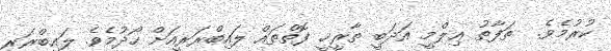
ކުރުމެވެ.  ތަފާތު ޢިލްމީ އަދަބީ ތާރީޚީ ފޮތްތައް ލައިބްރަރީއަށް ހޯދުމެވެ. ލައިބްރަރީ